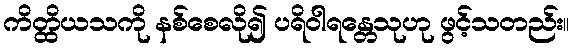
ကိတ္ထိယသကို နစ်စေလို၍ ပရိဝါရန္တေသုဟု ဖွင့်သတည်း။